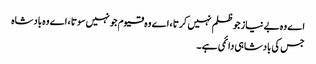
اے وہ بے نیاز جو ظلم نہیں کرتا ، اے وہ قیوم جو نہیں سوتا ، اے وہ بادشاہ
جس کی بادشاہی دائمی ہے ۔